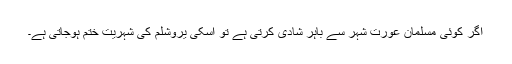
اگر کوئی مسلمان عورت شہر سے باہر شادی کرتی ہے تو اسکی یروشلم کی شہریت ختم ہوجاتی ہے۔